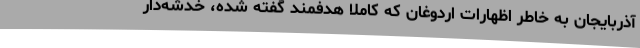
آذربایجان به خاطر اظهارات اردوغان که کاملا هدفمند گفته شده، خدشه‌دار